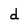
Character: d